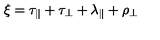
\xi = \tau _ { \parallel } + \tau _ { \perp } + \lambda _ { \parallel } + \rho _ { \perp }